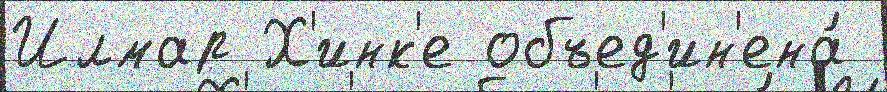
Илмар Х'инк'е объед'ин'ена́